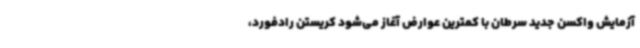
آزمایش واکسن جدید سرطان با کمترین عوارض آغاز می‌شود کریستن رادفورد،